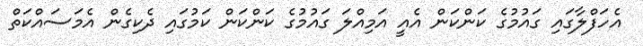
އެހަފްލާގައި ގައުމުގެ ކަންކަން އެއީ އަމިއްލަ ގައުމުގެ ކަންކަން ކަމުގައި ދެކިގެން އެމަސައްކަތް